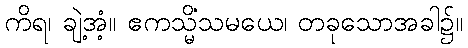
ကိရ၊ ချဲ့အံ့။ ဧကသ္မိံသမယေ၊ တခုသောအခါ၌။